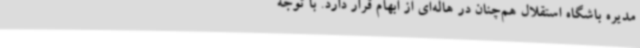
مدیره باشگاه استقلال هم‌چنان در هاله‌ای از ابهام قرار دارد. با توجه